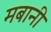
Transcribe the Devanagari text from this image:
मबानी